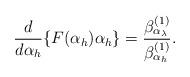
LaTeX: \begin{align*}\frac{d}{d\alpha_{h}}\{F(\alpha_{h})\alpha_{h}\}=\frac{\beta_{\alpha_{\lambda}}^{(1)}}{\beta_{\alpha_{h}}^{(1)}}.\end{align*}